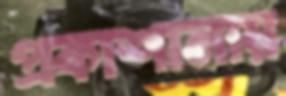
প্রকাশানায়